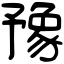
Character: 豫